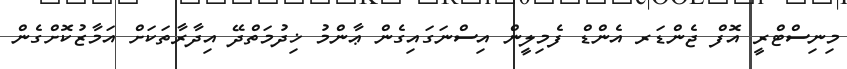
މިނިސްޓްރީ އޮފް ޖެންޑަރ އެންޑް ފެމިލީން އިސްނަގައިގެން ޢާންމު ޚިދުމަތްދޭ އިދާރާތަކަށް އަމާޒުކޮށްގެން